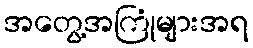
အတွေ့အကြုံများအရ